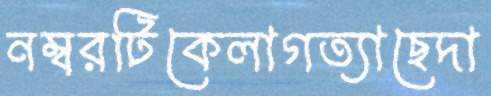
নম্বরটিকেলাগত্যাছেদা